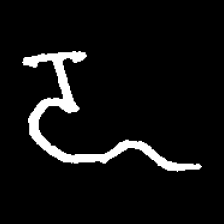
Pyu character \u2014 Myanmar letter: ဍ (romanized: dda)